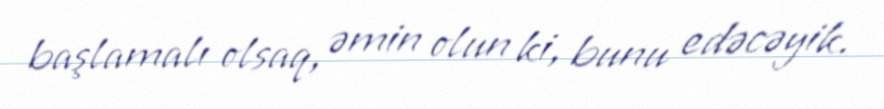
başlamalı olsaq, əmin olun ki, bunu edəcəyik.